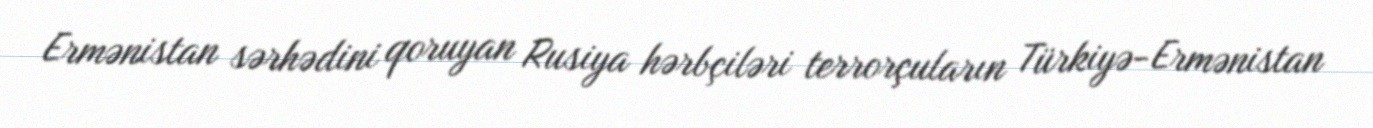
Ermənistan sərhədini qoruyan Rusiya hərbçiləri terrorçuların Türkiyə-Ermənistan